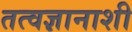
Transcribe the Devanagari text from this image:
तत्वज्ञानाशी